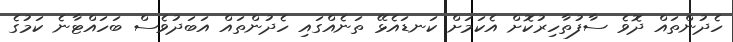
ހެދުންތައް ދޮވެ ސާފުތާހިރުކޮށް އެކަމަށް ކަނޑައެޅޭ ތަނެއްގައި ހެދުންތައް އަބަދުވެސް ބަހައްޓާނެ ކަމުގެ